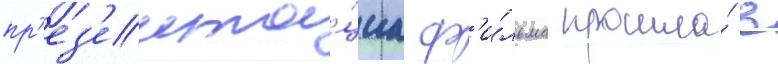
пр'ез'ента́циа ф'и́льма прошла́ в